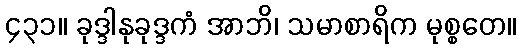
၄၃၁။ ခုဒ္ဒါနုခုဒ္ဒကံ အာဘိ၊ သမာစာရိက မုစ္စတေ။